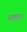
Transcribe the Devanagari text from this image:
स्‍पष्टता